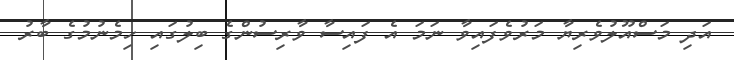
އަދި މަސްއޫލުވެރިޔާ މަރުވެފައިވާ ނަމަ އެ ފައިސާ ވާރިސުންގެ ބިލުގައި ހިމެނުމުގެ ބާރު